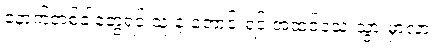
နောက်တစ်ခါတွေ့ရင် သူ့ နဲ့ တောင်းရင် အထင်သေးသွားမှာလား။